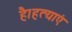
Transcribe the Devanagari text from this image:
है।हत्याएं